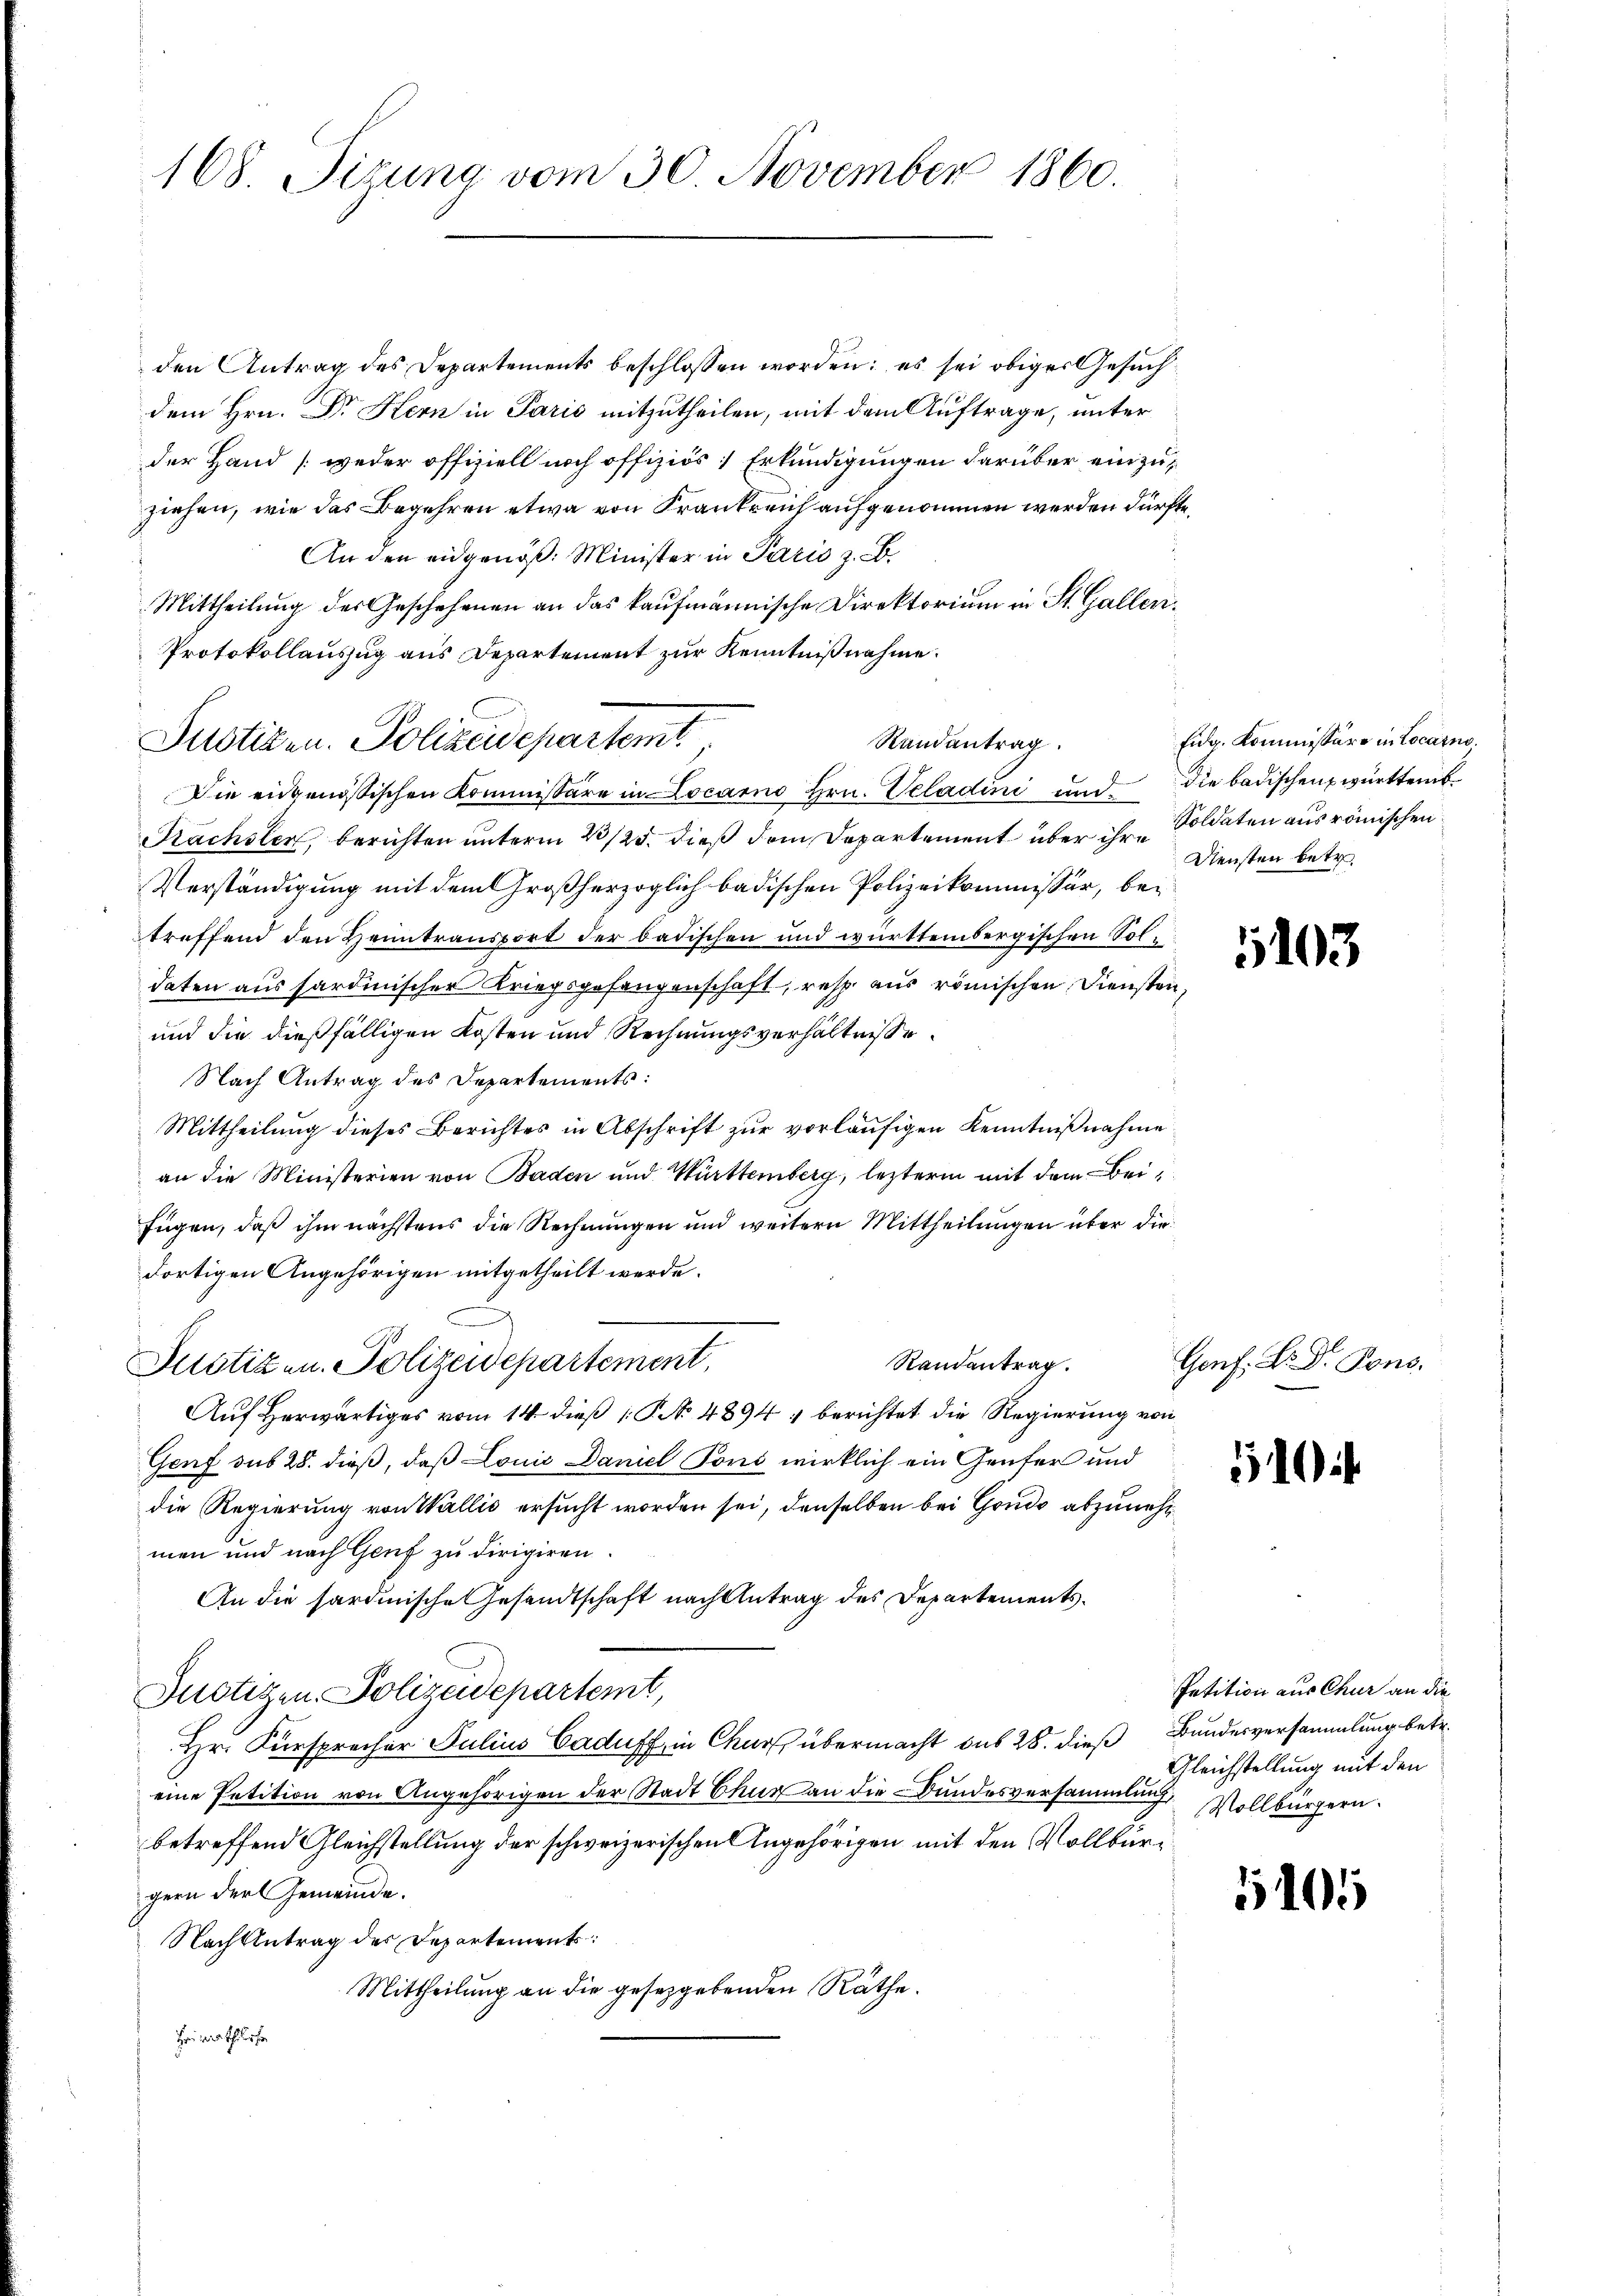
108. Sizung vom 30. November 1860.

den Antrag des Departements beschlossen worden; es sei obiger Gesuchdem Hrn. Dr Hern in Paris mitzutheilen, mit dem Auftrage, unter
der Hand [weder offiziell noch offiziös Erkundigungen darüber einzuziehen, wie das Begehren etwa von Krankreich aufgenommen werden dürfte,
An den eidgenöß. Minister in Paris z. B.
Mittheilung des Geschehenen an das kaufmännische Direktorium in St. Gallen.
Protokollauszug aus Departement zur Kenntnißnahme.
Randantrag.
Die eidgenössischen Kommissäre in Locarno Hrn. Peladini und die badischen württemb.
Rachsler, berichten unterm 23/25. dieß dem Departement über ihre Soldaten aus römischen
Verständigung mit dem Großherzoglich badischen Polizeikommissär, betreffend den Heimtransport der badischen und württembergischen Soldaten aus sardinischer Kriegsgefangenschaft, resp. aus römischen Diensten,
und die dießfälligen Kosten und Rechnungsverhältnisse
Nach Antrag des Departements:
Mittheilung dieses Berichtes in Abschrift zur vorläufigen Kenntnißnahme
an die Ministerien von Baden und Württemberg, leztere mit dem Beifügen, daß ihm nächstens die Rechnungen und weitern Mittheilungen über die
dortigen Angehörigen mitgetheilt werde.
Randantrag.
Justizen. Polizeidepartement,
Auf herwärtiges vom 14. dieß P. N. 48941 berichtet die Regierung von
Genf sub 28. dieß, daß Louis Daniel Toni wirklich ein Genfer und
die Regierung von Wallis ersucht worden sei, denselben bei Gondo abzunehm
men und nach Genf zu dirigiren.
An die hardinische Gesandtschaft nach Antrag des Departements¬
Justizen. Polizeidepartemt,
Hr. Fürsprecher Julius Caduff, in Chur übermacht sub 28. dies Bundesversammlung betr.
eine Petition von Angehörigen der Stadt Chur an die Bundesversammlung,
betreffend Gleichstellung der schweizerischen Angehörigen mit den Vollbürgern der Gemeinde.
Nach Antrag des Departement:
Mittheilung an die gesetzgebenden Räthe.
Heimathl

Justizen. Polizeidepartemt,

Eidg. Kommissäre in Locarno.
Diensten betr.

5103

Gonf. L. Dr. Pons.

510

1105

Petition aus Chur an die
Gleichstellung mit den
Vollbürgern.